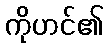
ကိုဟင်၏